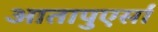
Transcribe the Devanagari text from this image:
आतापुएर्सा